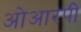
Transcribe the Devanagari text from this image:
ओआरपी